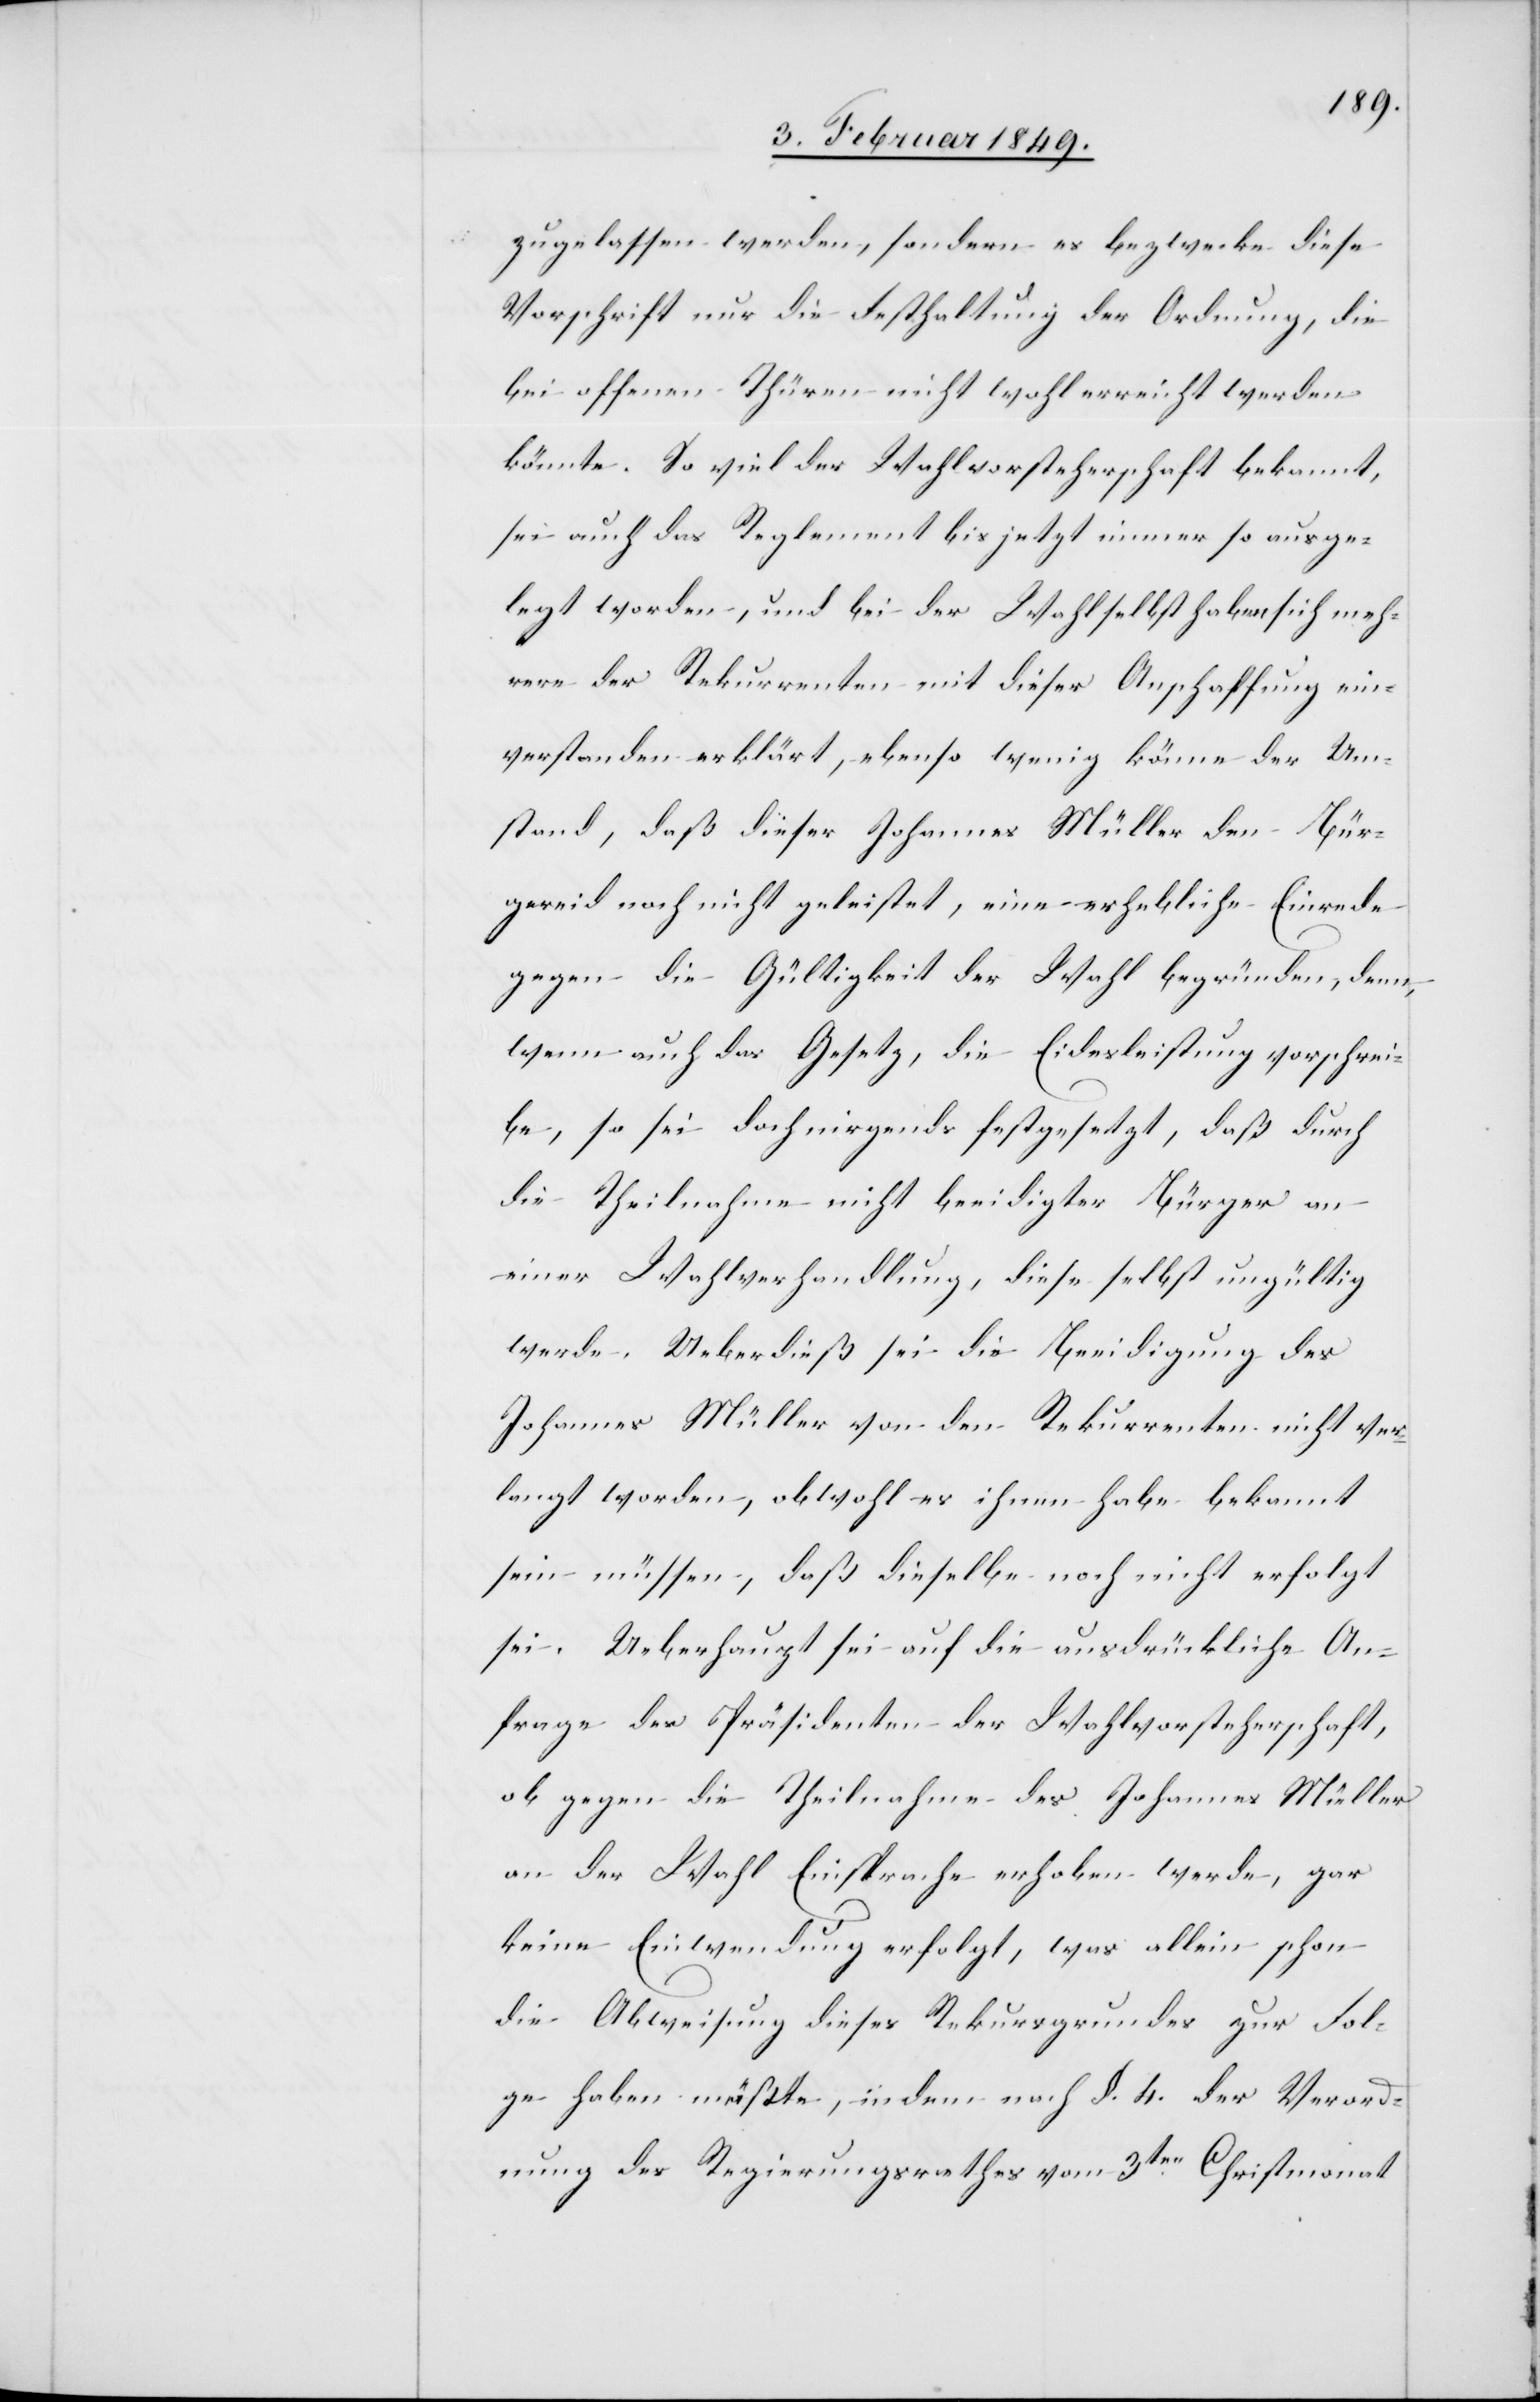
zugelassen werden, sondern es bezwecke diese
Vorschrift nur die Festhaltung der Ordnung, die
bei offenen Thüren nicht wohl erreicht werden
könnte. So viel der Wahlvorsteherschaft bekannt,
sei auch das Reglement bis jetzt immer so ausge¬
legt worden, und bei der Wahl selbst haben sich meh¬
rere der Rekurrenten mit dieser Anschaffung [sic!]
einverstanden erklärt, ebenso wenig könne der Um¬
stand, daß dieser Johannes Müller den Bür¬
gereid noch nicht geleistet, eine erhebliche Einrede
gegen die Gültigkeit der Wahl begründen, denn,
wenn auch das Gesetz, die Eidesleistung vorschrei¬
be, so sei doch nirgends festgesetzt, daß durch
die Theilnahme nicht beeidigter Bürger an
einer Wahlverhandlung, diese selbst ungültig
werde. Ueberdieß sei die Beeidigung des
Johannes Müller von den Rekurrenten nicht ver¬
langt worden, obwohl es ihnen habe bekannt
sein müssen, daß dieselbe noch nicht erfolgt
sei. Ueberhaupt sei auf die ausdrückliche An¬
frage des Präsidenten der Wahlvorsteherschaft,
ob gegen die Theilnahme des Johannes Müller
an der Wahl Einsprache erhoben werde, gar
keine Einwendung erfolgt, was allein schon
die Abweisung dieses Rekursgrundes zur Fol¬
ge haben müßte, indem nach §. 4. der Verord¬
nung des Regierungsrathes vom 3ten. Christmonat